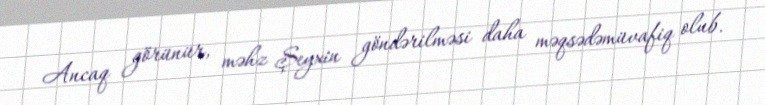
Ancaq görünür, məhz Şeyxin göndərilməsi daha məqsədəmüvafiq olub.